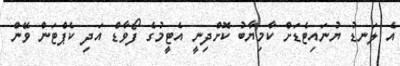
އެ ލަނޑު ޔުނައިޓެޑަށް ކާމިޔާބު ކޮށްދިނީ އެޓީމުގެ ފޯވާޑް އަދި ކެޕްޓަން ވޭން